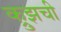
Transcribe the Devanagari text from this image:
क्रुझची